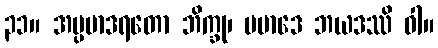
၃၁။ အပ္ပမာဒရတော ဘိက္ခု၊ ပမာဒေ ဘယဒဿိ ဝါ။